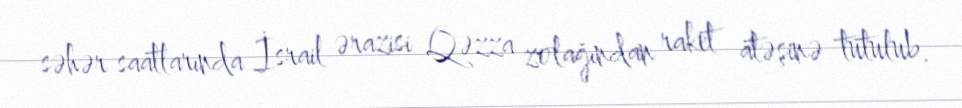
səhər saatlarında İsrail ərazisi Qəzza zolağından raket atəşinə tutulub.